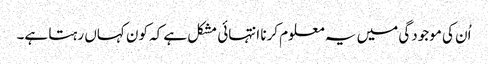
اُن کی موجودگی میں یہ معلوم کرنا انتہائی مشکل ہے کہ کون کہاں رہتا ہے۔